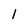
Character: 1